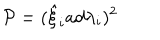
{ \cal P } = ( { \hat { \xi } } _ { i } a d { \lambda } _ { i } ) ^ { 2 }